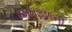
જામફળની